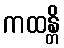
ကထန္တိ